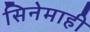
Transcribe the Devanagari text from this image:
सिनेमाही